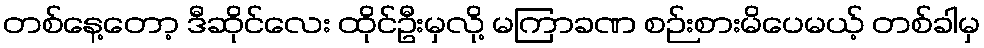
တစ်နေ့တော့ ဒီဆိုင်လေး ထိုင်ဦးမှလို့ မကြာခဏ စဉ်းစားမိပေမယ့် တစ်ခါမှ